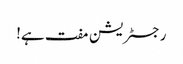
رجسٹریشن مفت ہے!